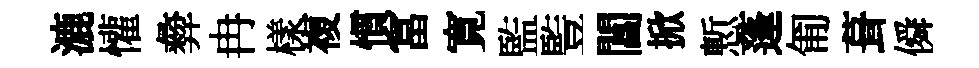
漉懽彜冉樣複慣冨寛監䜿閶掀慙蓬匍葺僢